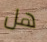
هل